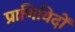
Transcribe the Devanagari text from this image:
प्राणिविदों